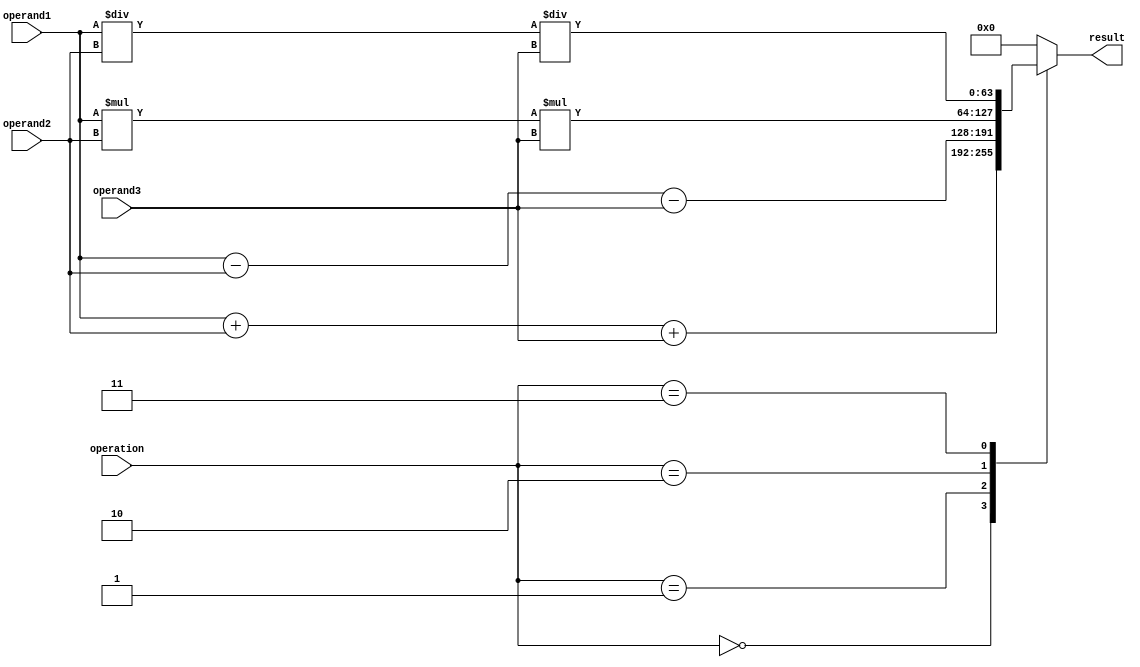
module TriplePrecisionFloatingPointUnit (
    input [63:0] operand1,
    input [63:0] operand2,
    input [63:0] operand3,
    input [2:0] operation,
    output reg [63:0] result
);

always @(*) begin
    case(operation)
        3'b000: result = operand1 + operand2 + operand3; // Addition
        3'b001: result = operand1 - operand2 - operand3; // Subtraction
        3'b010: result = operand1 * operand2 * operand3; // Multiplication
        3'b011: result = operand1 / operand2 / operand3; // Division
        default: result = 64'd0; // Default to zero
    endcase
end

endmodule